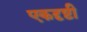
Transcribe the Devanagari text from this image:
एकदृष्टी